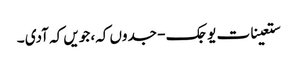
ستعینات یوجک - جدوں کہ، جویں کہ آدی ۔